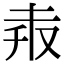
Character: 𠬼